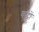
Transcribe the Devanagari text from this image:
कट्ठों